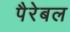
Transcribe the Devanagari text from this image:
पैरेबल